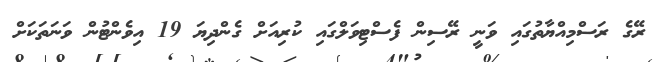
ރޭގެ ރަސްމިއްޔާތުގައި ވަނީ ރޭސިން ފެސްޓިވަލްގައި ކުރިއަށް ގެންދިޔަ 19 އިވެންޓުން ވަނަތަކަށް